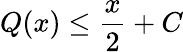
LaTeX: Q(x)\leq{\frac{x}{2}}+C